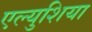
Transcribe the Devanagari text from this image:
एल्युशिया